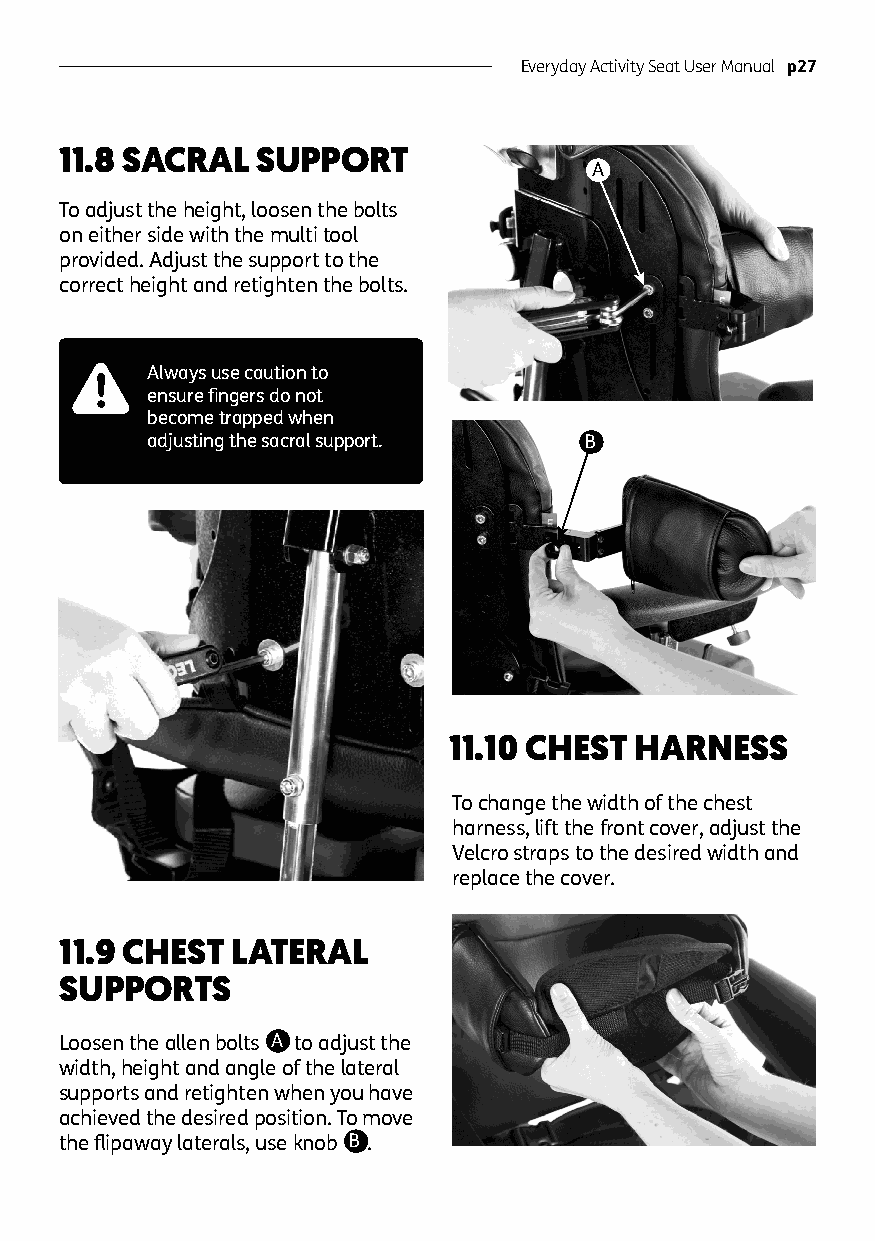
Everyday Activity Seat User Manual p27
 11.8 SACRAL  SUPPORT
 A
 To adjust the height, loosen the bolts
 on either side with the multi tool
 provided. Adjust the support to the
 correct height and retighten the bolts.
 Always use caution to
 ensure fingers do not
 become trapped when
 adjusting the sacral support. B
 11.10 CHEST HARNESS
 To change the width of the chest
 harness, lift the front cover, adjust the
 Velcro straps to the desired width and
 replace the cover.
 11.9 CHEST LATERAL
 SUPPORTS
 Loosen the allen bolts A to adjust the
 width, height and angle of the lateral
 supports and retighten when you have
 achieved the desired position. To move
 the flipaway laterals, use knob B .